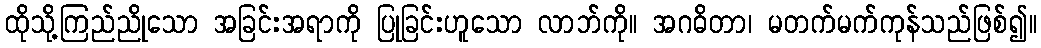
ထိုသို့ကြည်ညိုသော အခြင်းအရာကို ပြုခြင်းဟူသော လာဘ်ကို။ အဂဓိတာ၊ မတက်မက်ကုန်သည်ဖြစ်၍။